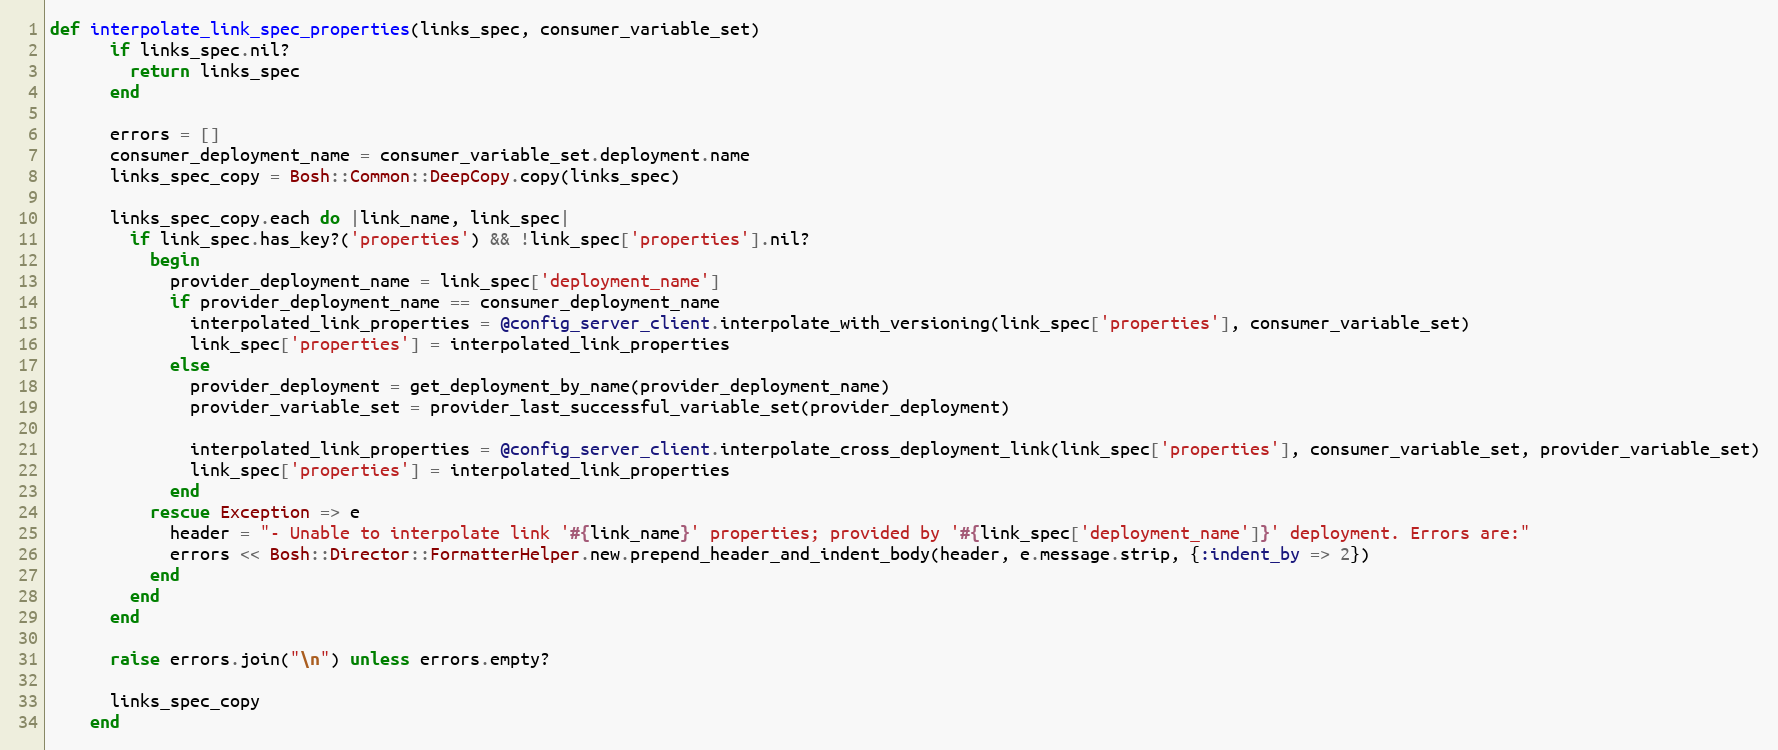
Language: Ruby
def interpolate_link_spec_properties(links_spec, consumer_variable_set)
      if links_spec.nil?
        return links_spec
      end

      errors = []
      consumer_deployment_name = consumer_variable_set.deployment.name
      links_spec_copy = Bosh::Common::DeepCopy.copy(links_spec)

      links_spec_copy.each do |link_name, link_spec|
        if link_spec.has_key?('properties') && !link_spec['properties'].nil?
          begin
            provider_deployment_name = link_spec['deployment_name']
            if provider_deployment_name == consumer_deployment_name
              interpolated_link_properties = @config_server_client.interpolate_with_versioning(link_spec['properties'], consumer_variable_set)
              link_spec['properties'] = interpolated_link_properties
            else
              provider_deployment = get_deployment_by_name(provider_deployment_name)
              provider_variable_set = provider_last_successful_variable_set(provider_deployment)

              interpolated_link_properties = @config_server_client.interpolate_cross_deployment_link(link_spec['properties'], consumer_variable_set, provider_variable_set)
              link_spec['properties'] = interpolated_link_properties
            end
          rescue Exception => e
            header = "- Unable to interpolate link '#{link_name}' properties; provided by '#{link_spec['deployment_name']}' deployment. Errors are:"
            errors << Bosh::Director::FormatterHelper.new.prepend_header_and_indent_body(header, e.message.strip, {:indent_by => 2})
          end
        end
      end

      raise errors.join("\n") unless errors.empty?

      links_spec_copy
    end